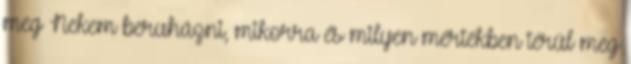
meg Nekem beruházni, mikorra és milyen mértékben térül meg